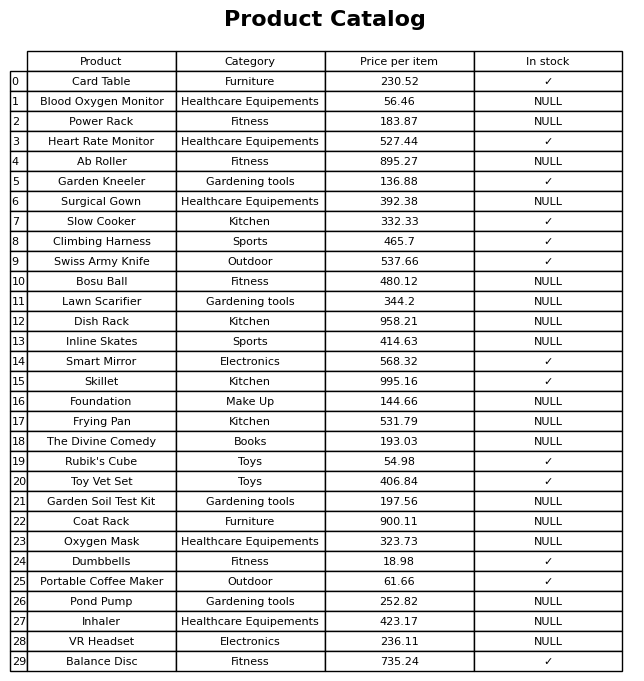
question: What is the price for Ab Roller?
answer: The price of Ab Roller is 895.27.